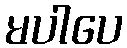
မပါပေ